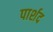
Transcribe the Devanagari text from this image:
पार्शद